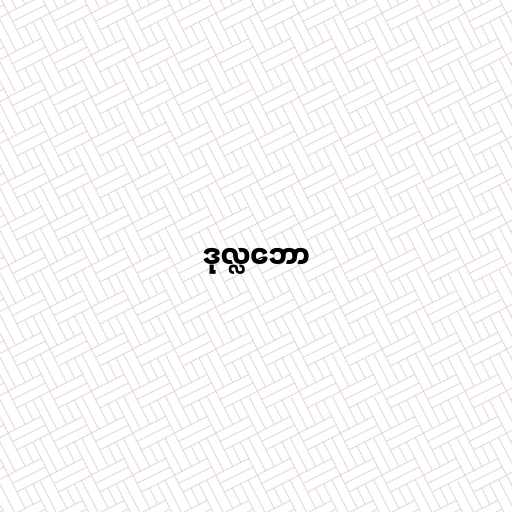
ဒုလ္လဘော